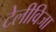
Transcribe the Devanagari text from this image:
टेलीविजा